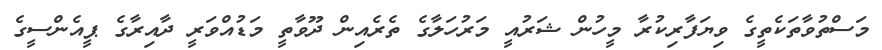
މަސްތުވާތަކެތީގެ ވިޔަފާރިކުރާ މީހުން ޝަރުއީ މަރުހަލާގެ ތެރެއިން ދޫވާތީ މަޑުއްވަރީ ދާއިރާގެ ޕީއެންސީގެ